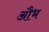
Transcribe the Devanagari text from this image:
औभ